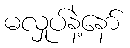
မလှုပ်နဲ့နော်